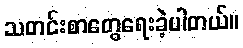
သတင်းစာတွေရေးခဲ့ပါတယ်။